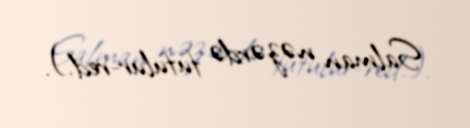
Salman nəzərdə tutulur-red.).